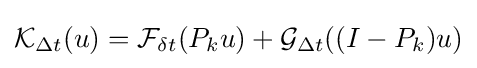
{\mathcal {K}}_{\Delta t}(u)={\mathcal {F}}_{\delta t}(P_{k}u)+{\mathcal {G}}_{\Delta t}((I-P_{k})u)